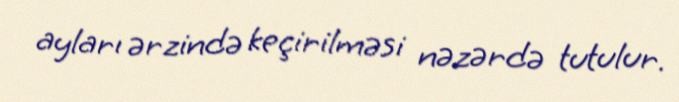
ayları ərzində keçirilməsi nəzərdə tutulur.